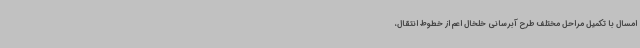
امسال با تکمیل مراحل مختلف طرح آبرسانی خلخال اعم از خطوط انتقال،